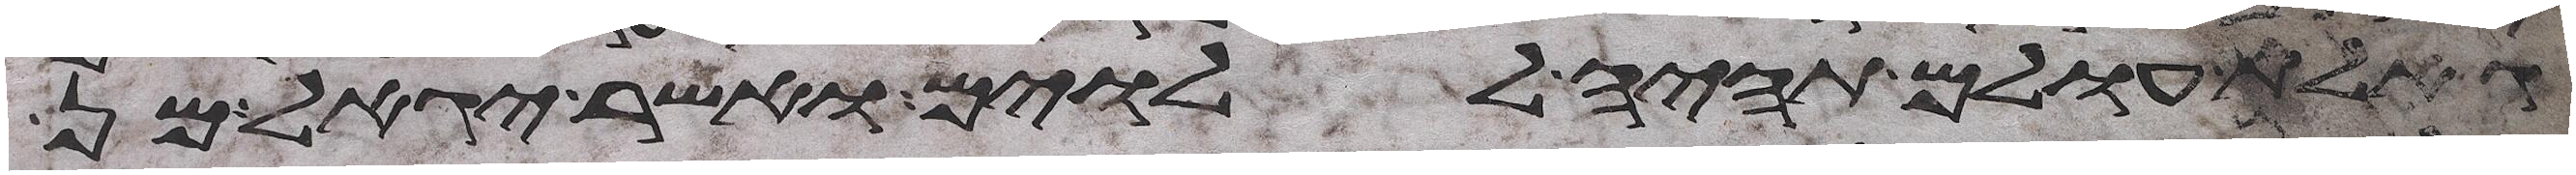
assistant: גאלת עולם תהיה ללוים ואשר יגאל מן